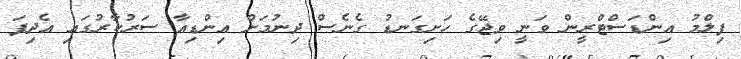
ފިލްމު އިންޑަސްޓްރީން ވަނީ ވިޖޭގެ ހަށިގަނޑު ގެނެސް ދިނުމަށް އިންޑިއާ ސަރުކާރުގައި އެދިފަ